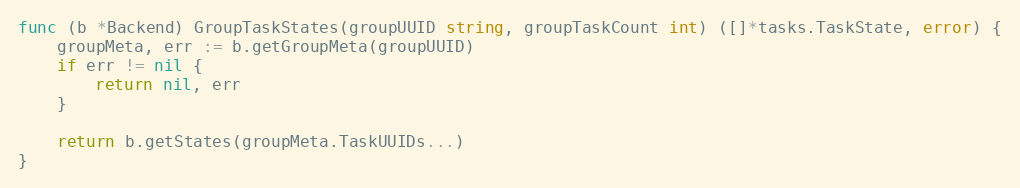
Language: Go
func (b *Backend) GroupTaskStates(groupUUID string, groupTaskCount int) ([]*tasks.TaskState, error) {
	groupMeta, err := b.getGroupMeta(groupUUID)
	if err != nil {
		return nil, err
	}

	return b.getStates(groupMeta.TaskUUIDs...)
}